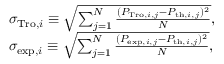
\begin{array} { r l } & { \sigma _ { \mathrm { T r o } , i } \equiv \sqrt { \sum _ { j = 1 } ^ { N } \frac { ( P _ { \mathrm { T r o } , i , j } - P _ { \mathrm { t h } , i , j } ) ^ { 2 } } { N } } , } \\ & { \sigma _ { \mathrm { e x p } , i } \equiv \sqrt { \sum _ { j = 1 } ^ { N } \frac { ( P _ { \mathrm { e x p } , i , j } - P _ { \mathrm { t h } , i , j } ) ^ { 2 } } { N } } , } \end{array}